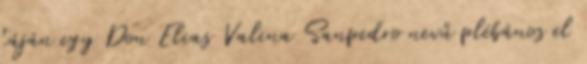
táján egy Don Elias Valina Sanpedro nevű plébános el